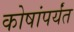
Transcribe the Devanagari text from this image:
कोषांपर्यंत